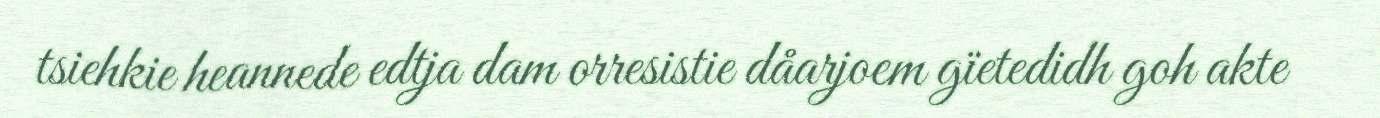
tsiehkie heannede edtja dam orresistie dåarjoem gïetedidh goh akte